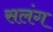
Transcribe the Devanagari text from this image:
सलंग